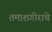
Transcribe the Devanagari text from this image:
तमाशगीराचे